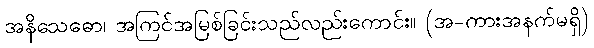
အနိသေဓော၊ အကြင်အမြစ်ခြင်းသည်လည်းကောင်း။ (အ-ကားအနက်မရှိ)